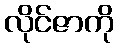
လိုင်ဇာကို